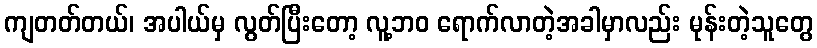
ကျတတ်တယ်၊ အပါယ်မှ လွတ်ပြီးတော့ လူ့ဘဝ ရောက်လာတဲ့အခါမှာလည်း မုန်းတဲ့သူတွေ